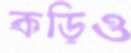
কড়িও